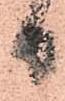
日